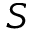
S